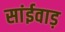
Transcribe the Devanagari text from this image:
सांईवाड़